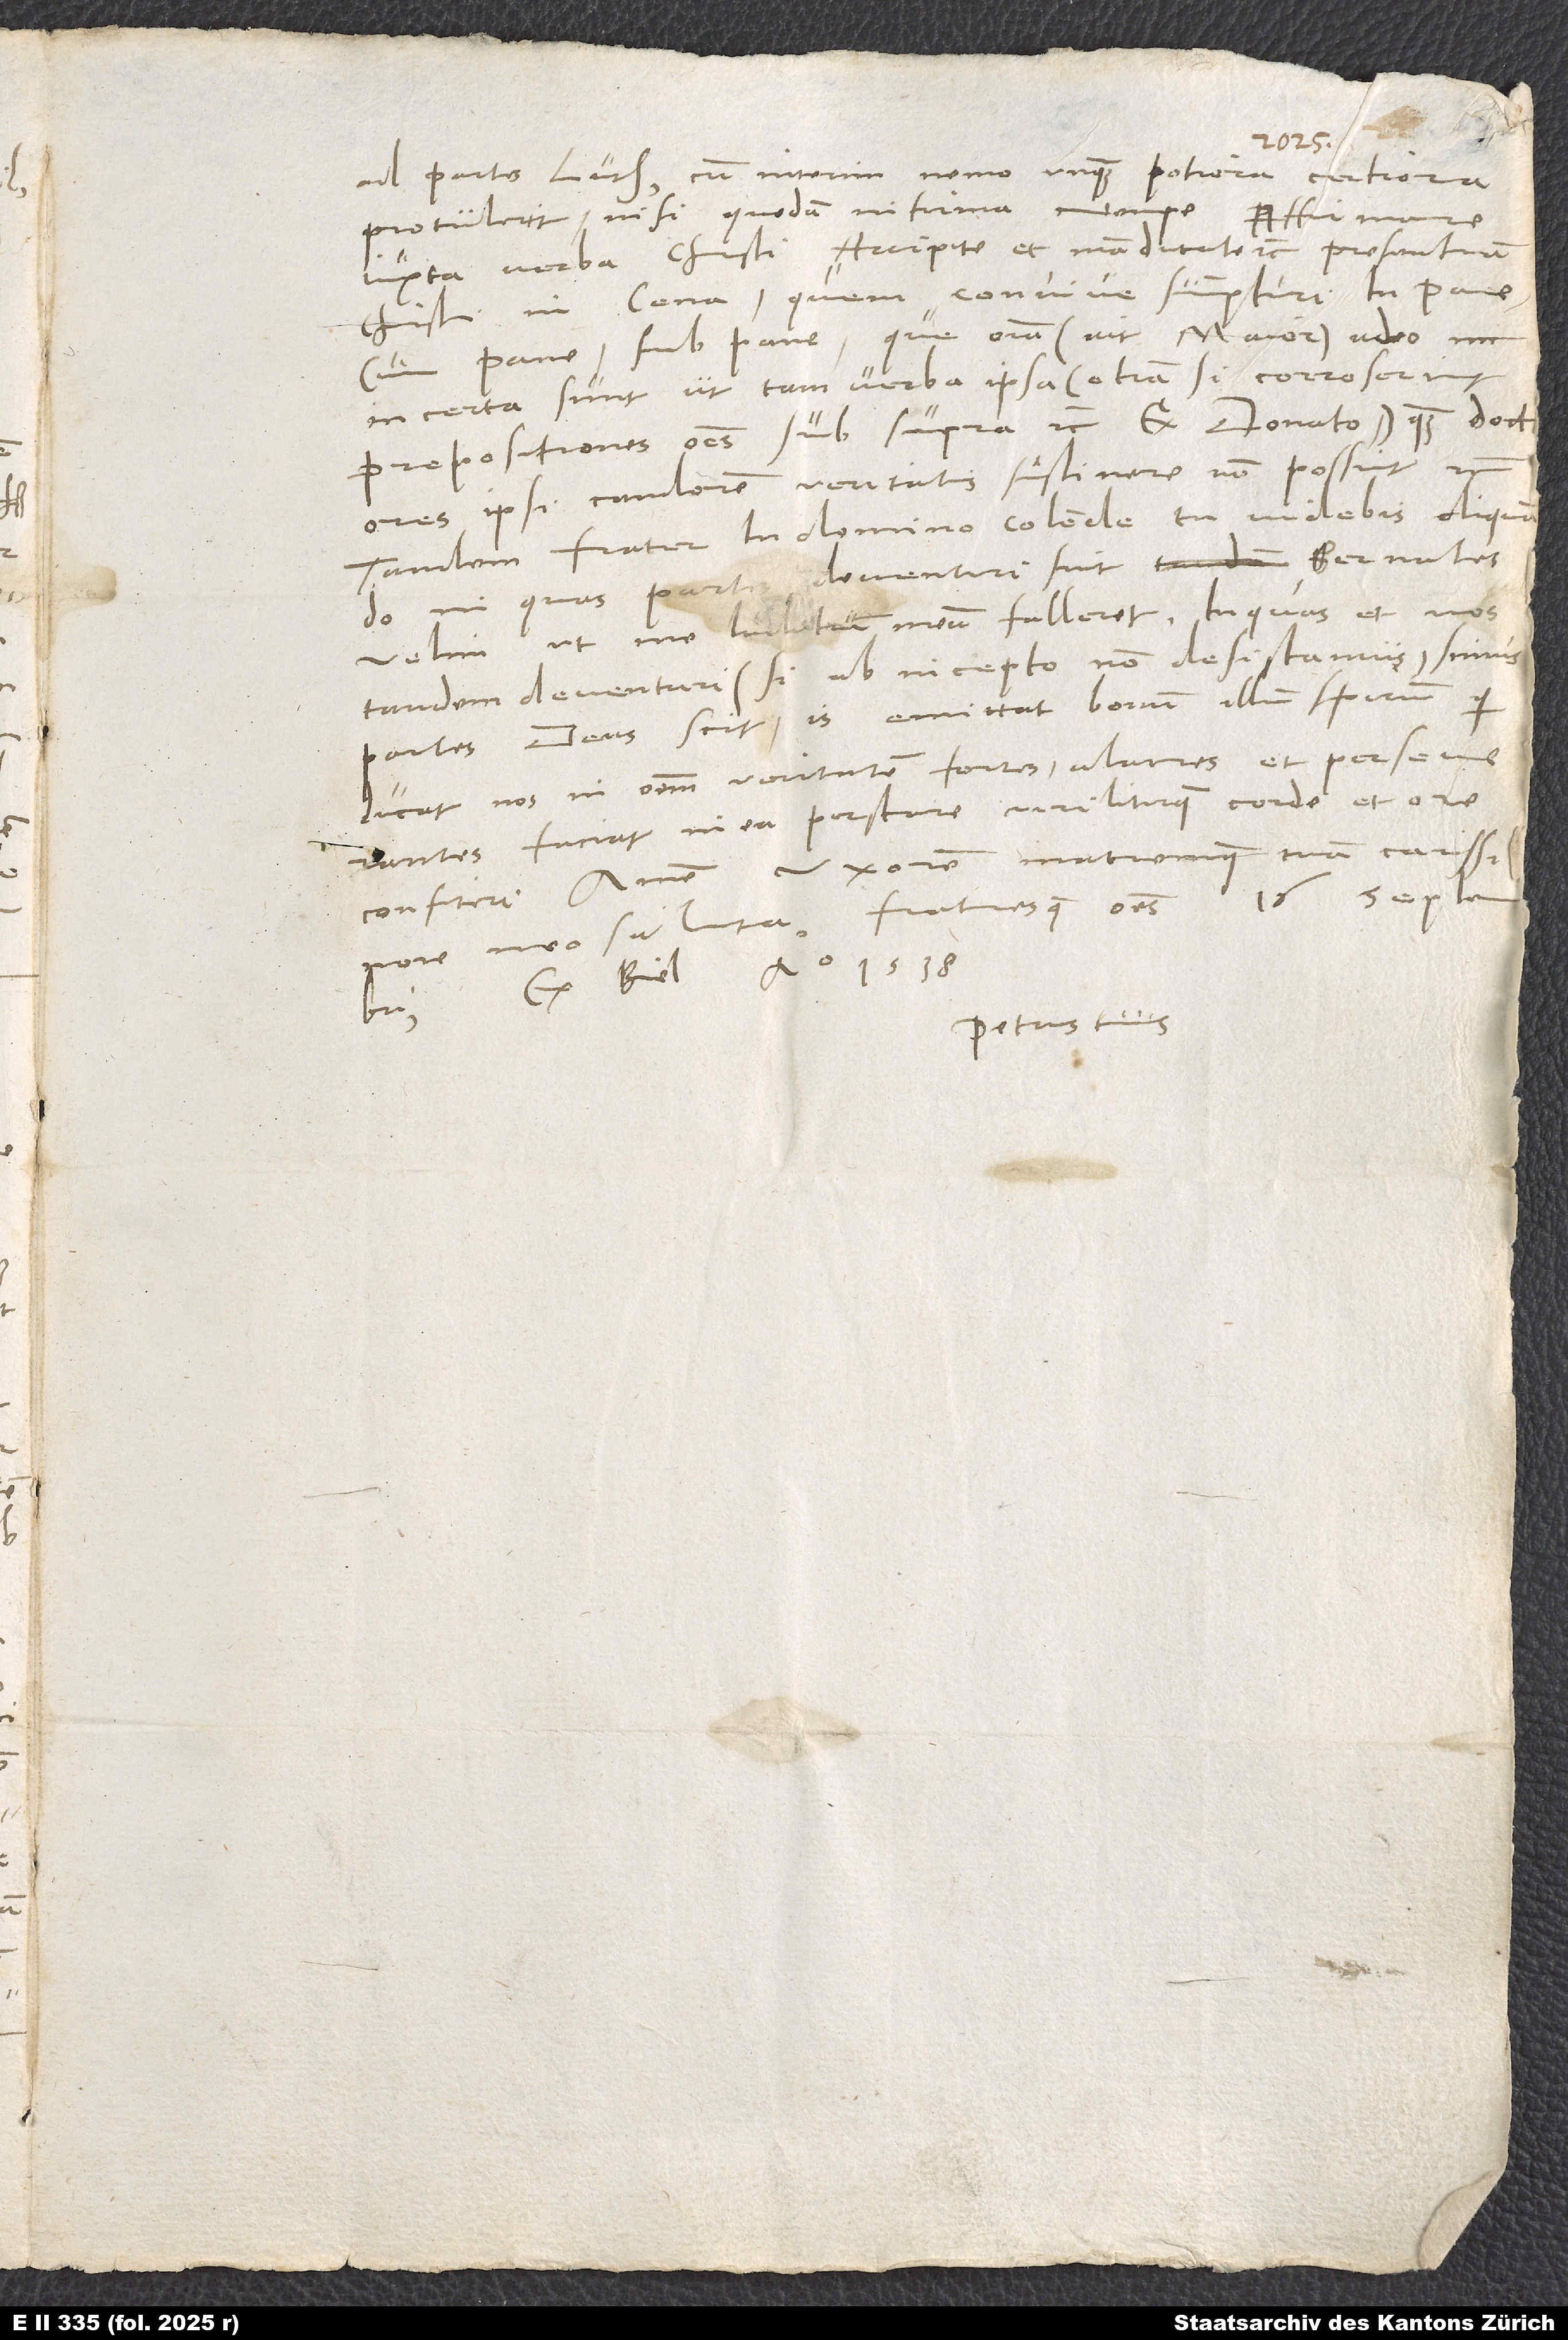
ad partes Lutheri, cum interim nemo unquam potiora, certiora
protulerit, nisi quedam infirma, nempe affirmare
iuxta verba Christi „Accipite et manducate“ etc. presentiam
Christi in cena, quem convive sumpturi in pane,
cum pane, sub pane, que omnia (ait maior) adeo
incerta sunt, ut tam verba ipsa (etiam si corroserint
prepositiones omnes, sub, supra etc., ex Donato) quam doctores
ipsi candorem veritatis sustinere non possint etc.
Tandem, frater in domino colende, tu videbis aliquando,
in quas partes deventuri sint Bernates;
velim, ut me iuditium meum falleret. In quas et nos
tandem deventuri (si ab incepto non desistamus) simus
partes, deus scit. Is emittat bonum illum spiritum, qui
ducat nos in omnem veritatem, fortes, alacres et perseverantes
faciat in ea perstare viriliterque corde et ore
confiteri. Amen. Uxorem matremque tuam carissimam
16. septembris,
nomine meo saluta fratresque omnes.
ex Biel, anno 1538.
Petrus tuus.